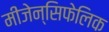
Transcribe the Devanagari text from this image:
मीजेन्सिफेलिक